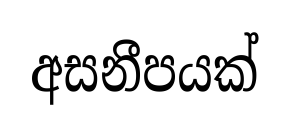
අසනීපයක්